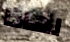
لهاذا